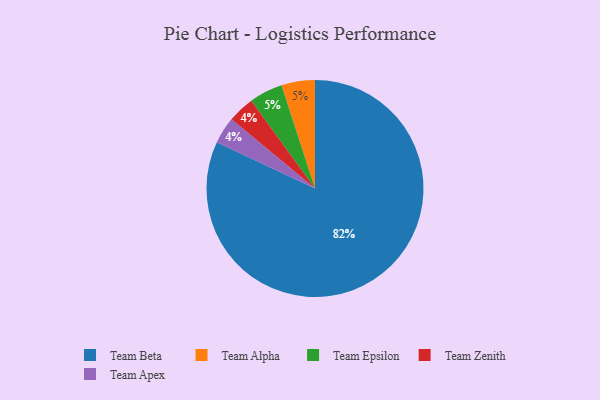
{"axis": {"x": "Category", "y": "Percentage"}, "legend": ["Team Alpha", "Team Apex", "Team Beta", "Team Epsilon", "Team Zenith"], "data": [{"x": "Team Beta", "y": 82, "type": "Team Beta"}, {"x": "Team Zenith", "y": 4, "type": "Team Zenith"}, {"x": "Team Apex", "y": 4, "type": "Team Apex"}, {"x": "Team Alpha", "y": 5, "type": "Team Alpha"}, {"x": "Team Epsilon", "y": 5, "type": "Team Epsilon"}]}